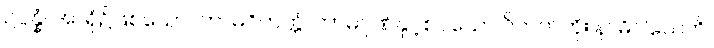
ဥပ္ပန္နံ၊ အာရုံ၌ဖြစ်သော။ ကာမဝိတက္ကံ၊ ကာမဂုဏ်နှင့်စပ်သော ဝိတက်ကို။ နာဓိဝါသေတိ၊